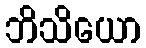
ဘိသိယော